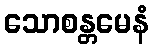
သောစန္တမေနံ